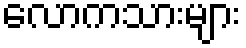
လောကသားများ